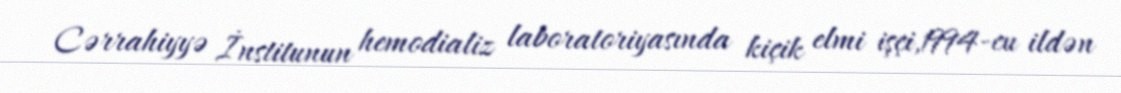
Cərrahiyyə İnstitunun hemodializ laboratoriyasında kiçik elmi işçi,1994-cu ildən